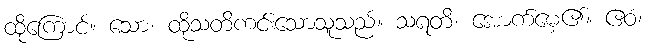
ထိုကြောင့်။ သော၊ ထိုသတိကင်းသောသူသည်။ သရတိ၊ အောက်မေ့၏။ ဧဝံ၊